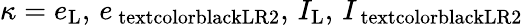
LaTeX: \kappa=e_{\mathrm{L}},\, e_{\mathrm{\ textcolor{black}{LR2}}},\, I_{\mathrm{L}},\, I_{\mathrm{\ textcolor{black}{LR2}}}